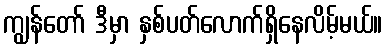
ကျွန်တော် ဒီမှာ နှစ်ပတ်လောက်ရှိနေလိမ့်မယ်။